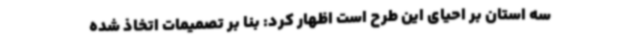
سه استان بر احیای این طرح است اظهار کرد: بنا بر تصمیمات اتخاذ شده